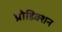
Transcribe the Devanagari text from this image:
प्रोडिक्शन